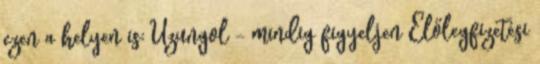
ezen a helyen is: Uzungol - mindig figyeljen Előlegfizetési